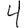
Digit: 4